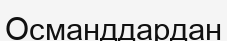
Османддардан